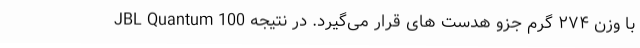
JBL Quantum 100 با وزن ۲۷۴ گرم جزو هدست های قرار می‌گیرد. در نتیجه